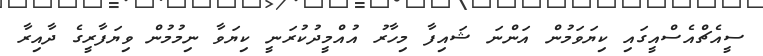
ސީއެޗްއެސްއީގައި ކިޔަވަމުން އަންނަ ޝައިފާ މިހާރު އުއްމީދުކުރަނީ ކިޔަވާ ނިމުމުން ވިޔަފާރީގެ ދާއިރާ